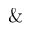
\&